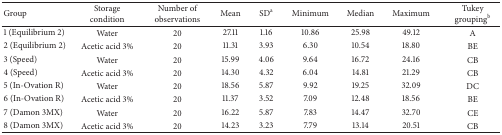
| Group | Storage condition | Number of observations | Mean | SDa | Minimum | Median | Maximum | Tukey groupingb |
 | --- | --- | --- | --- | --- | --- | --- | --- | --- |
 | 1 (Equilibrium 2) | Water | 20 | 27.11 | 1.16 | 10.86 | 25.98 | 49.12 | A |
 | 2 (Equilibrium 2) | Acetic acid 3% | 20 | 11.31 | 3.93 | 6.30 | 10.54 | 18.80 | BE |
 | 3 (Speed) | Water | 20 | 15.99 | 4.06 | 9.64 | 16.72 | 24.16 | CB |
 | 4 (Speed) | Acetic acid 3% | 20 | 14.30 | 4.32 | 6.04 | 14.81 | 21.29 | CB |
 | 5 (In-Ovation R) | Water | 20 | 18.56 | 5.87 | 9.92 | 19.25 | 32.09 | DC |
 | 6 (In-Ovation R) | Acetic acid 3% | 20 | 11.37 | 3.52 | 7.09 | 12.48 | 18.56 | BE |
 | 7 (Damon 3MX) | Water | 20 | 16.22 | 5.87 | 7.83 | 14.47 | 32.70 | CE |
 | 8 (Damon 3MX) | Acetic acid 3% | 20 | 14.23 | 3.23 | 7.79 | 13.14 | 20.51 | CB |